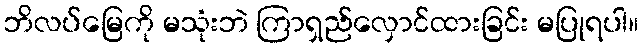
ဘိလပ်မြေကို မသုံးဘဲ ကြာရှည်လှောင်ထားခြင်း မပြုရပါ။